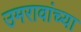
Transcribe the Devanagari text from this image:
उमरावांच्या